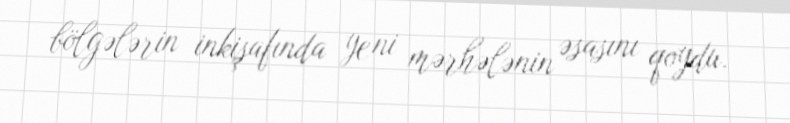
bölgələrin inkişafında yeni mərhələnin əsasını qoydu.